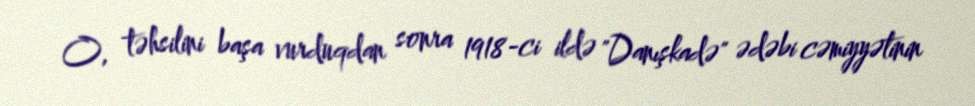
O, təhsilini başa vurduqdan sonra 1918-ci ildə "Danışkadə" ədəbi cəmiyyətinin